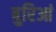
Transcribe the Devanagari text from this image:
बुरिआं